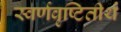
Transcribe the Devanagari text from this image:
स्वर्णवृष्टितीर्थ